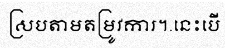
ស្របតាមតម្រូវការ។.នេះបើ